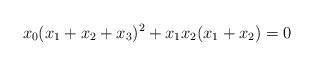
LaTeX: \begin{align*} x_0(x_1+x_2+x_3)^2+x_1x_2(x_1+x_2)=0\end{align*}